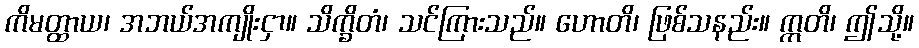
ကိမတ္ထာယ၊ အဘယ်အကျိုးငှာ။ သိက္ခိတံ၊ သင်ကြားသည်။ ဟောတိ၊ ဖြစ်သနည်း။ ဣတိ၊ ဤသို့။